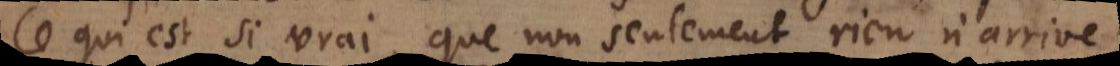
Ce qui est si vrai, que non seulement rien n’arrive